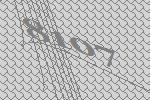
8107